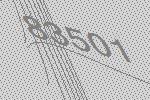
83501